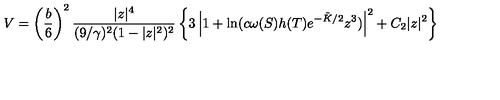
V = \left( \frac { b } { 6 } \right) ^ { 2 } \frac { | z | ^ { 4 } } { ( 9 / \gamma ) ^ { 2 } ( 1 - | z | ^ { 2 } ) ^ { 2 } } \left\{ 3 \left| 1 + \ln ( c \omega ( S ) h ( T ) e ^ { - \tilde { K } / 2 } z ^ { 3 } ) \right| ^ { 2 } + C _ { 2 } | z | ^ { 2 } \right\}